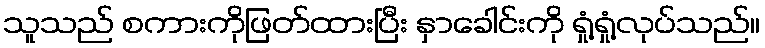
သူသည် စကားကိုဖြတ်ထားပြီး နှာခေါင်းကို ရှုံ့ရှုံ့လုပ်သည်။